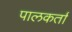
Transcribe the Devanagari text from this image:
पालकर्ता